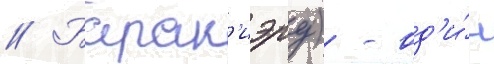
// Барак'иэру) - од'и́н